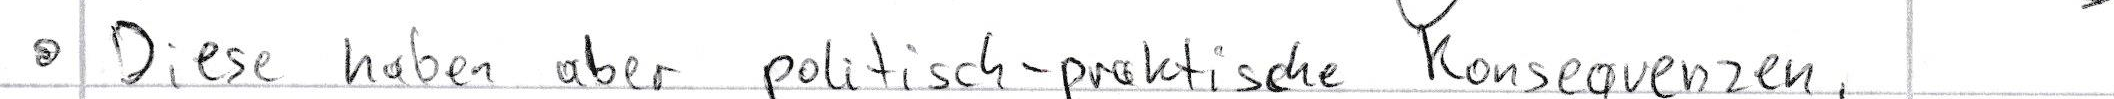
Diese haben aber politisch-praktische Konsequenzen